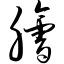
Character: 脍